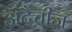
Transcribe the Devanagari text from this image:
अटैचीज